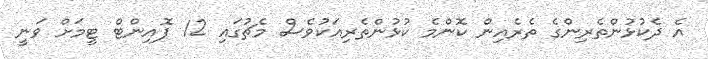
އެ ދެކުޅުންތެރިންގެ ތެރެއިން ކޮންމެ ކުޅުންތެރިއަކުވެސް މެޗުގައި 12 ޕޮއިންޓް ޓީމަށް ވަނީ